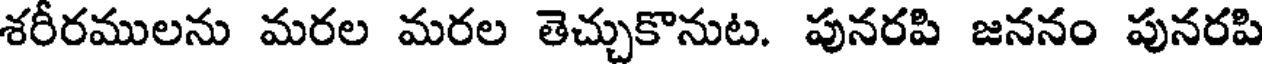
శరీరములను మరల మరల తెచ్చుకొనుట. పునరపి జననం పునరపి